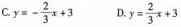
C.$$y =- \frac{2}{3} x + 3$$ D.$$y = \frac{2}{3} x + 3$$